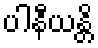
ပါနီယန္တိ